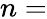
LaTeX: n=